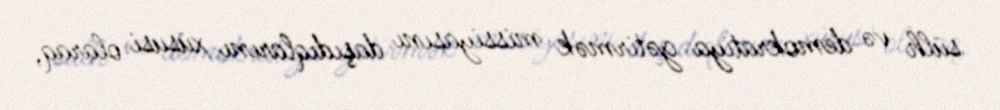
sülh və demokratiya gətirmək missiyasını daşıdıqlarını xüsusi olaraq,